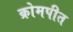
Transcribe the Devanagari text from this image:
क्रोमपीत